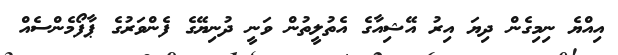
އިއްޔެ ނިމިގެން ދިޔަ އިރު އޭޝިއާގެ އެތުލީތުން ވަނީ ދުނިޔޭގެ ފެންވަރުގެ ޕާފޯމެންސެއް